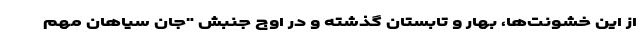
از این خشونت‌ها، بهار و تابستان گذشته و در اوج جنبش "جان سیاهان مهم